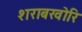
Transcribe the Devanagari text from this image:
शराबखोरि